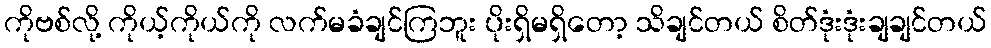
ကိုဗစ်လို့ ကိုယ့်ကိုယ်ကို လက်မခံချင်ကြဘူး ပိုးရှိမရှိတော့ သိချင်တယ် စိတ်ဒုံးဒုံးချချင်တယ်